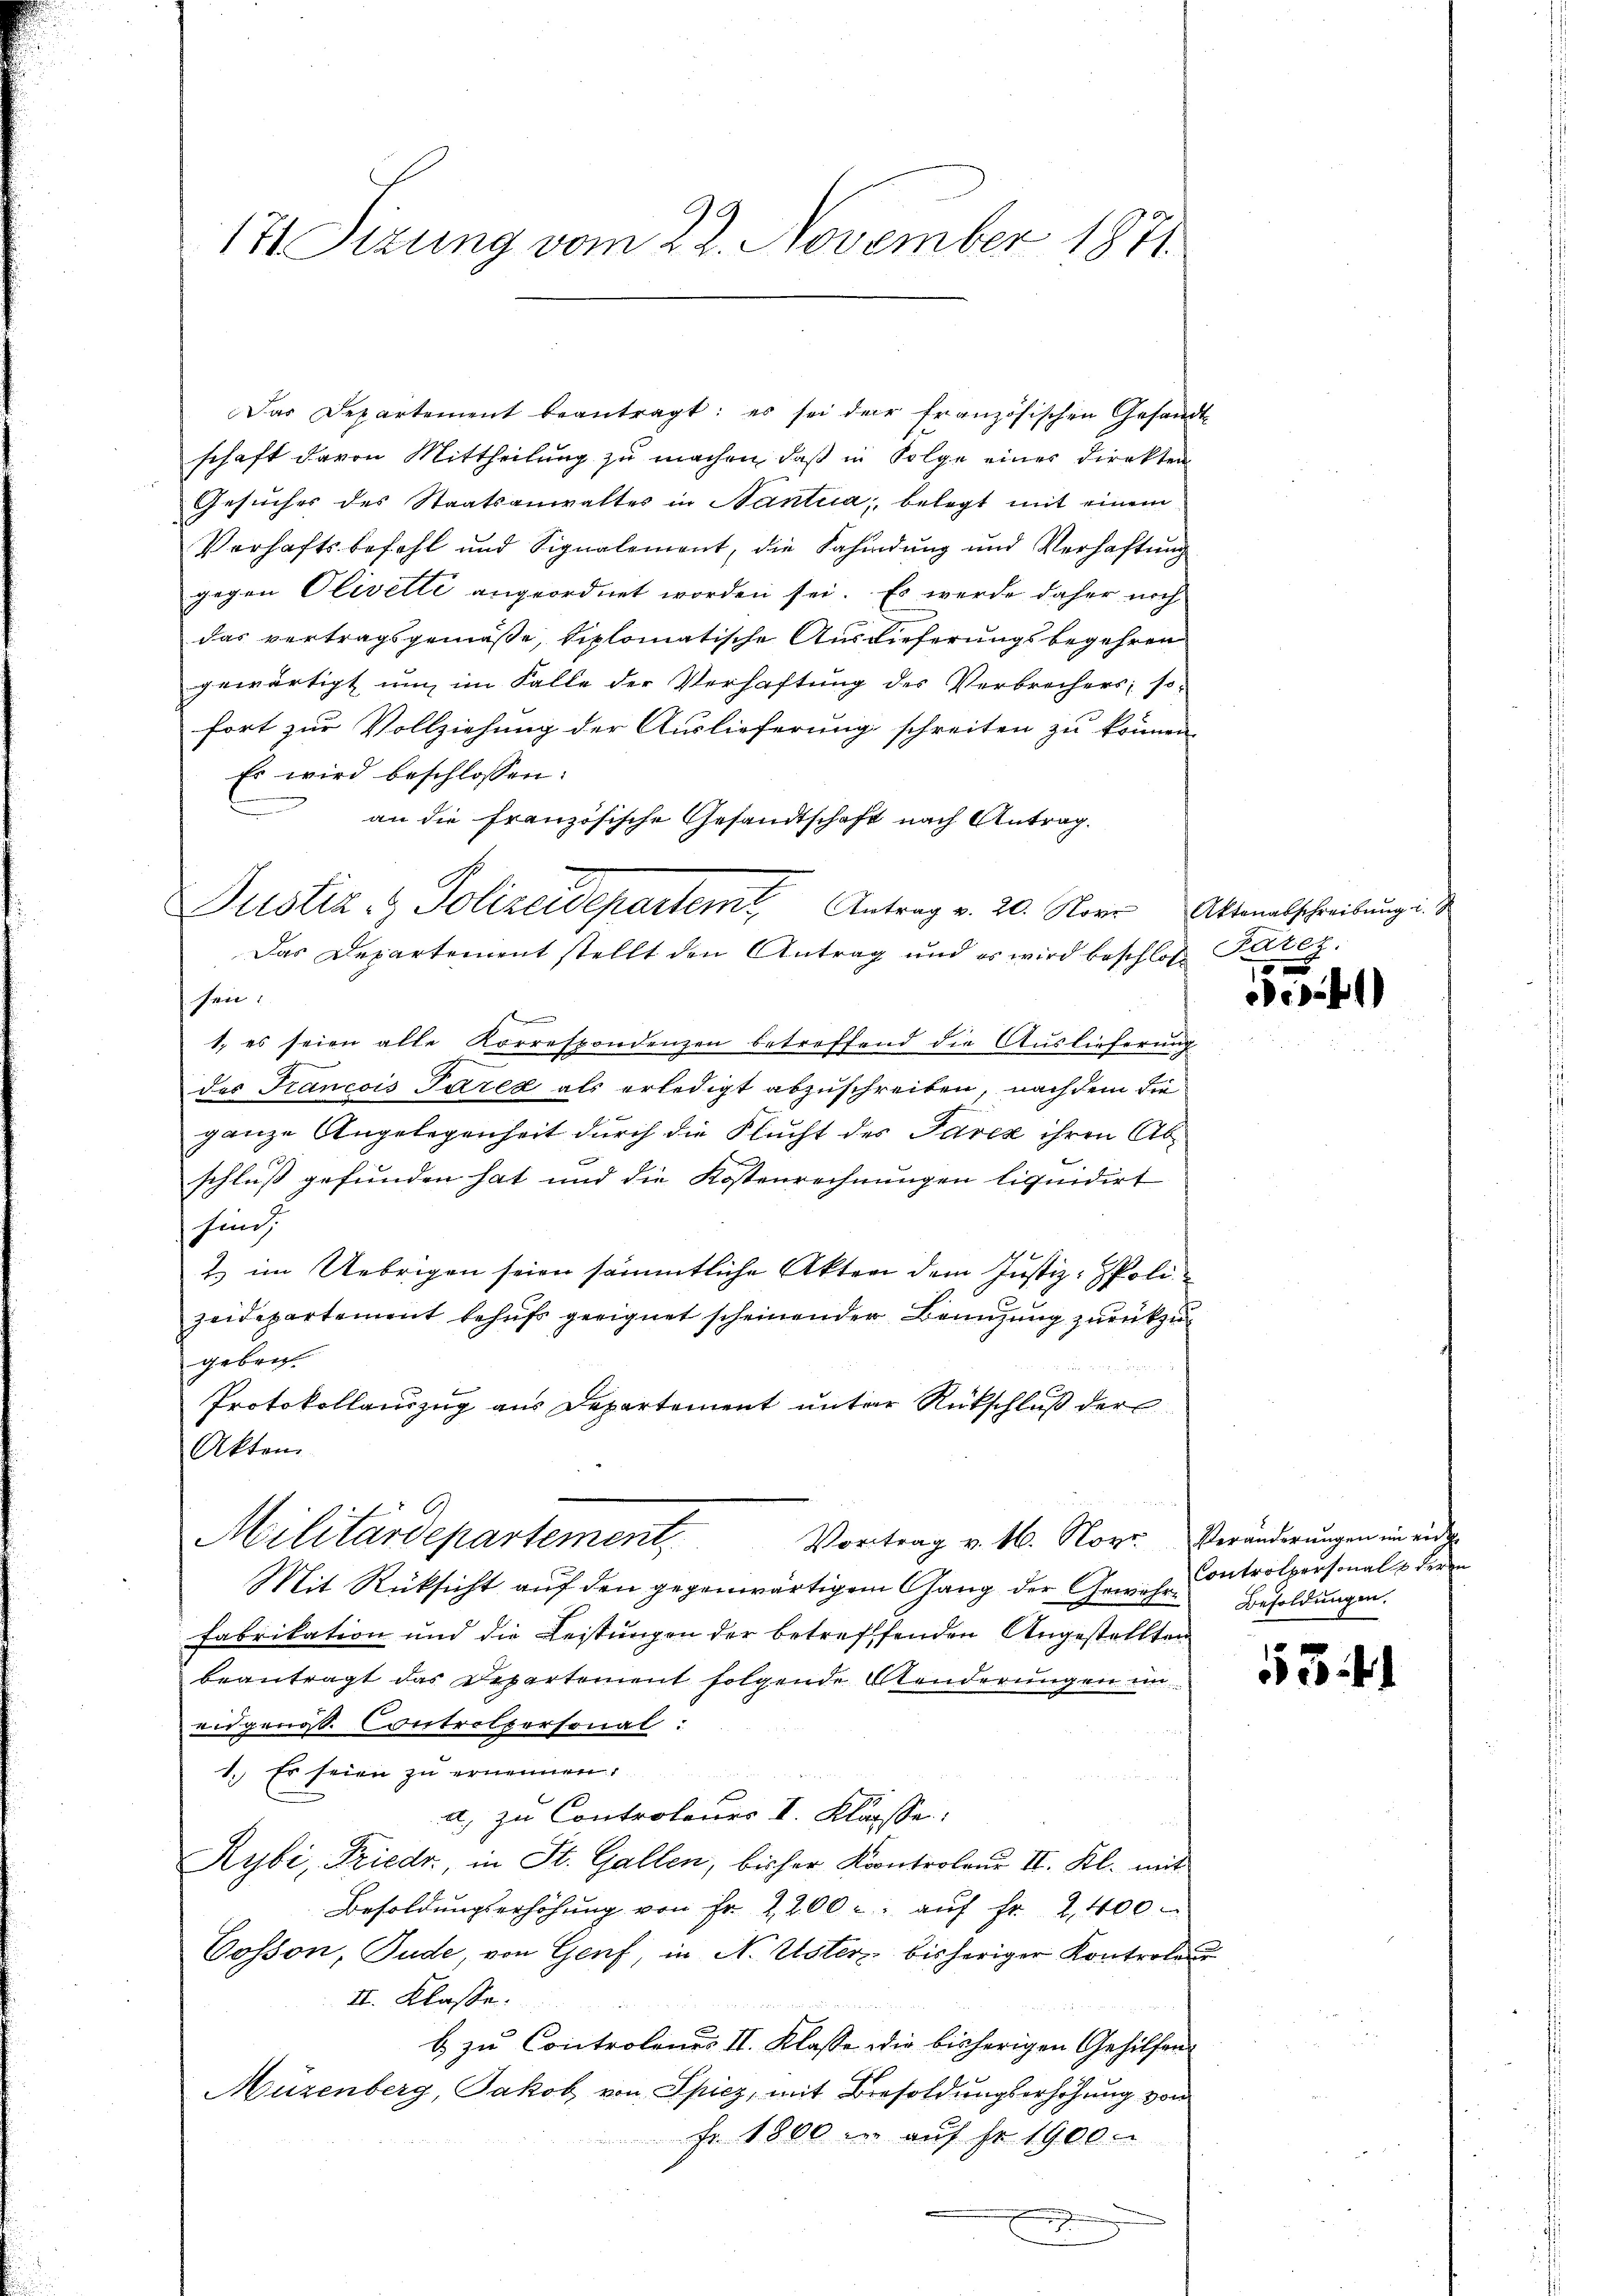
171 Sizung vom 22. November 1871

Das Departement beantragt: es sei der französischen Gesandt
schaft davon Mittheilung zu machen, daß in Folge eines Direkten
Gesŭcher des Staatsanwaltes in Santia, belegt mit einem
Verhaftsbefehl und Signalement, die Safindung und Verhaftung
gegen Olivelte angeordnet worden sei. Es werde daher noch
das vertragsgemäße, diplomatische Auslieferungsbegehren
gewärtigt um im Falle der Verhaftung des Verbrechers, so
fort zur Vollziehung der Auslieferung schreiten zu können
Es wird beschlossen:
an die französische Gesandtschaft nach Antrag.
Justiz- & Polizeidepartem Antrag v. 20. Nover Aktenabschreibung u.
Das Departement stellt den Antrag und es wird beschloß Peter.
sen.
t
1. es seien alle Korrespondenzen betreffend die Auslieferung
G
des Francois Parek als erledigt abzuschreiben, nachdem die
ganze Angelegenheit durch die Flucht des Parez ihren Abschluß gefunden hat und die Kostenrechnungen liquidirt
hind
) im Uebrigen seien sämmtliche Akten dem Justiz-Polizeidepartement behŭfs geeignet scheinender Benuzung zurückzugebrach.
Protokollauszug aus Departement unter Rückschluß der
Akten
Militärdepartement,
Vortrag v. M. Nove Veränderŭngen in eid.
Mit Rüksicht aŭf den gegenwärtigem Gang der Gewähre Besoldŭngen.
Fabrikation und die Leistungen der betreffenden Angestellten
beantragt das Departement folgende Aenderungen un
eidgenos. Controlpersonal:
1. Es seien zu ernennen:
a. zu Controleues I. Klasse.
Kybi, Friedr., in St. Gallen, bisher Kontroleur II. Kl. mit
Besoldŭngserhöhŭng von Fr. 2200 r. aŭf Fr. 2,400
Cosson, Jude, von Genf, in N. Uster bisheriger Kontrole
II. Klasse.
b zu Controlenes II. Klasse die bisherigen Gehilfen
Müzenberg, Jakob von Spiez, mit Besoldungserhöhung von
 Fr. 1800 in auf Fr. 1900

0

.41)

Controlpersonals deren

5341